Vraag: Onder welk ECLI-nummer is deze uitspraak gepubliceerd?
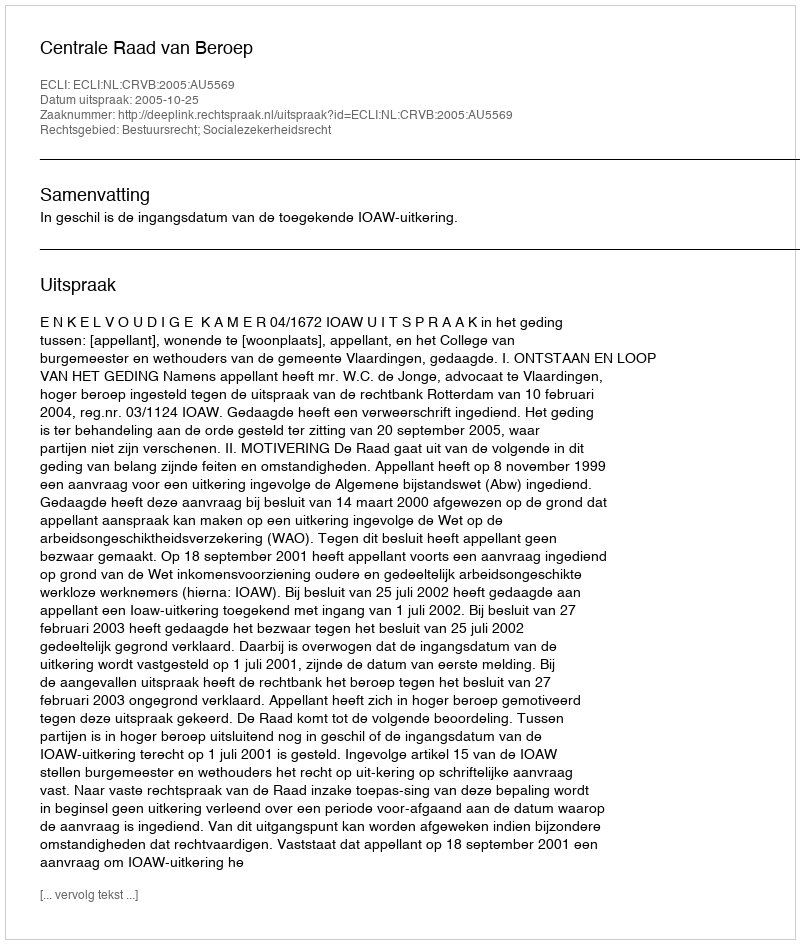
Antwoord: ECLI:NL:CRVB:2005:AU5569